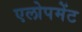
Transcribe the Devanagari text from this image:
एलोपमेंट